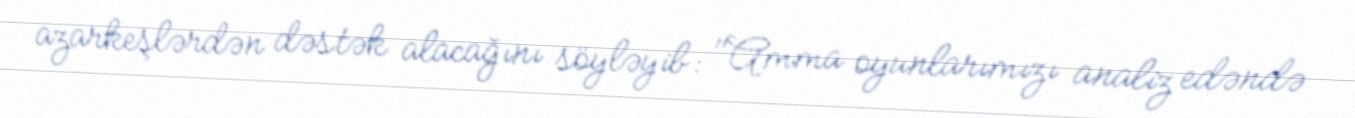
azarkeşlərdən dəstək alacağını söyləyib: "Amma oyunlarımızı analiz edəndə